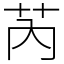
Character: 芮